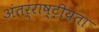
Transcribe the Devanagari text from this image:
अंतर्राष्ट्रीयता